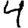
Digit: 4